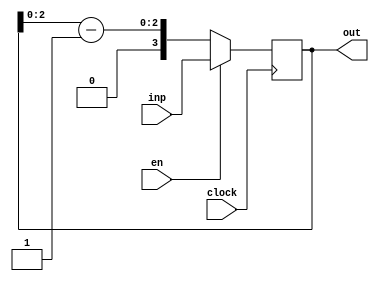
module firrtl_tail2 (
  input        clock,
  input        en,
  input  [3:0] inp,
  output [3:0] out
);

reg [3:0] x_next;
wire [3:0] minus = x - 1;
always @ (*) begin
  if (en == 1)
    x_next = inp;
  else
    x_next = {1'b0, minus[2:0]};
end

reg [3:0] x;
always @ (posedge clock) begin
  x <= x_next;
end

assign out = x;

endmodule